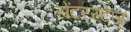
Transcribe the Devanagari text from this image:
सेंटरस्टेज